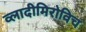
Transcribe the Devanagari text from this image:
व्लादीमिरोविच